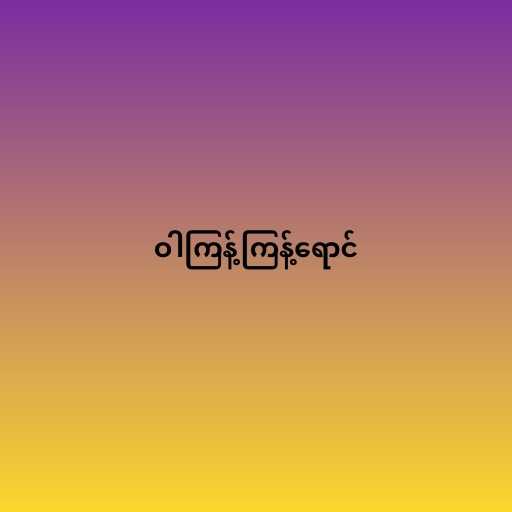
ဝါကြန့်ကြန့်ရောင်